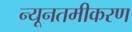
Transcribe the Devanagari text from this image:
न्यूनतमीकरण